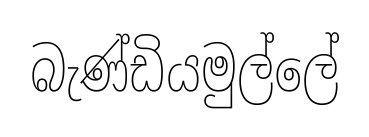
බැණ්ඩියමුල්ලේ